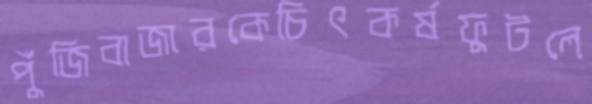
পুঁজিবাজারকেচিৎকর্ষফুটলে